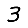
Digit: 3